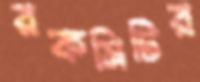
রকমিটির